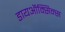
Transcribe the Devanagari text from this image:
डायऑक्सिन्स